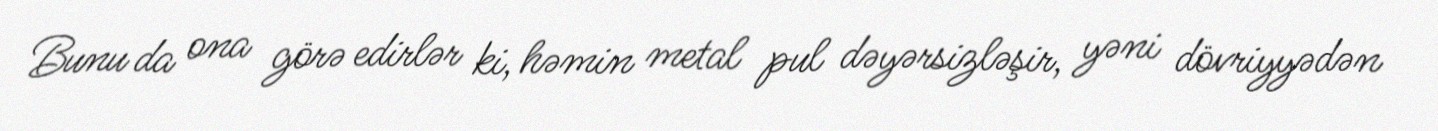
Bunu da ona görə edirlər ki, həmin metal pul dəyərsizləşir, yəni dövriyyədən